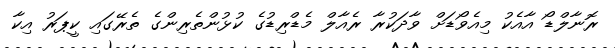
ރޮނާލްޑޯ އާއެކު މިއެވޯޑަށް ވާދަކުރާ ރެއާލް މެޑްރިޑުގެ ކުޅުންތެރިންގެ ތެރޭގައި ކީޕަރު އިކާ